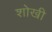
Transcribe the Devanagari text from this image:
शोखी